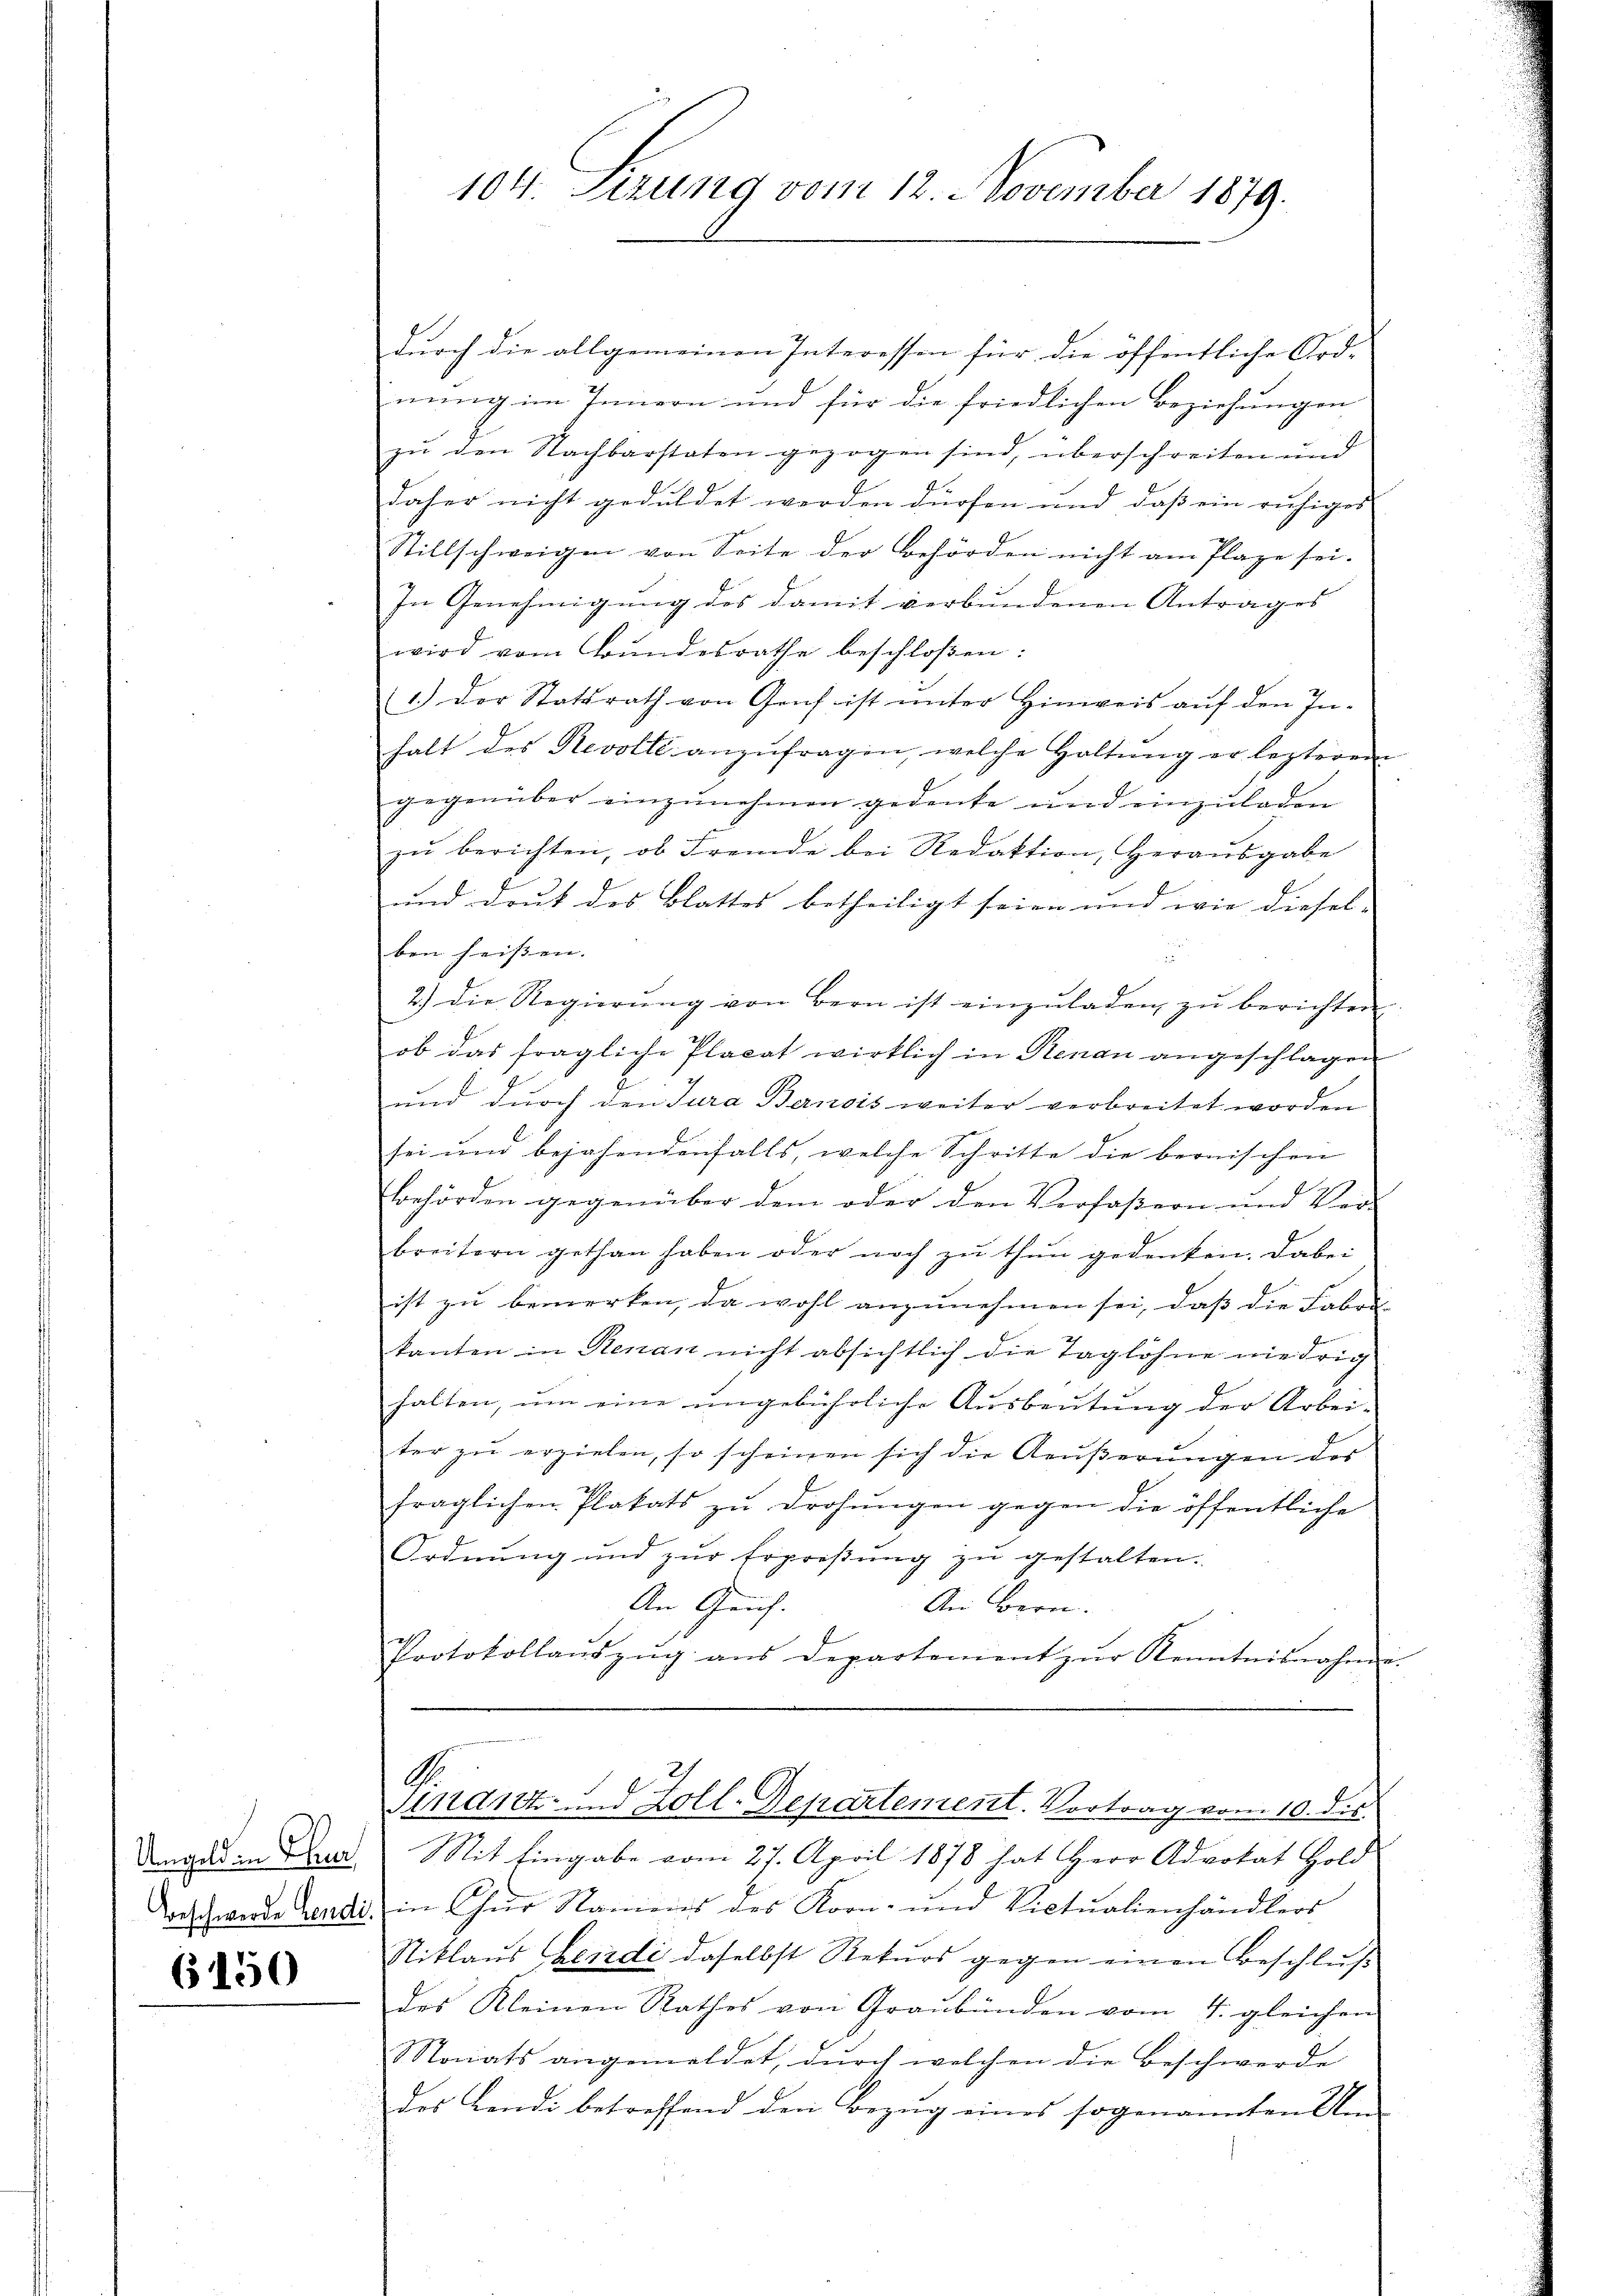
Umgeld in Thur

6150

durch die allgemeinen Interessen für die öffentliche Ord-
nung im Innern und für die friedlichen Beziehungen
zu den Nachbarstaten gezogen sind, überschreiten und
daher nicht geduldet werden dürfen und daß ein ruhiges
Stillschweigen von Seite der Behörden nicht am Plaze sei.
In Genehmigung des damit verbundenen Antrages
wird vom Bŭndesrathe beschloßen:
1.) Der Statsrath von Graf ist ŭnter Hinweis aŭf den In-
halt des Revolte anzufragen, welche Haltung er lezteren
gegenüber einzŭnehmen gedenke und einzŭladen
zŭ berichten, ob Fremde bei Redaktion, Heraŭsgabe
und Druk des Blattes betheiligt seien und wie diesel- |
ben heißen. |
2) die Regierŭng von Bern ist einzŭladen zŭ berichten
ob das fragliche Placat wirklich in Renau angeschlagen
und durch den Jura Bernois weiter verbreitet worden
sei und bejahendenfalls, welche Schritte die bernischen
Behörden gegenüber dem oder den Verfaßern und Ver-
breitern gethan haben oder noch zŭ thŭn gedenken. Dabei
ist zu bemerken, da wohl anzunehmen sei, daß die Fabri-
kanten in Renan nicht absichtlich die Taglöhne niedrig
halten, ŭm eine ŭngebührliche Aŭsbeŭtŭng der Arbei-
ter zu erzielen, so scheinen sich die Aeußerungen des
fraglichen Platats zŭ drohŭngen gegen die öffentliche
Ordnung und zur Erpreßung zu gestalten.
An Gruf.
An Bern.
Protokollaŭszŭg ans Departement zŭr Kenntnisnahmen.

104. Sitzung vom 12. November 1879.

G.
Kranz und Zoll-Departement. Vortrag vom 10. des

Mit Eingabe vom 27. April 1878 hat Herr Advokat Hold
Taschwerde Landi in Chur Namens des Korn- und Victualienhändlers
Niklaus Bendi daselbst Rekurs gegen einen Beschluß
des Kleinen Rathes von Graubünden vom 4. gleichen
Storats angemeldet, dŭrch welchen die Beschwerde
des Bendi betreffend den Bezŭg eines sogenannten Um-